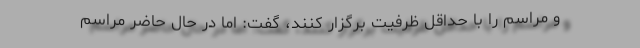
و مراسم را با حداقل ظرفیت برگزار کنند، گفت: اما در حال حاضر مراسم